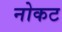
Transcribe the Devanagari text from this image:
नोकट